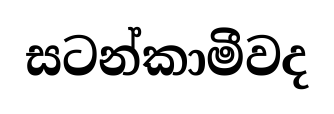
සටන්කාමීවද